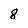
Character: 8